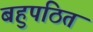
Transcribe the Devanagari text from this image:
बहुपठित